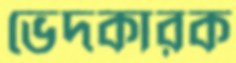
ভেদকারক